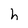
Character: h